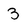
Character: 3